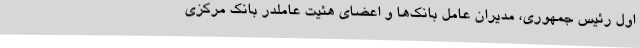
اول رئیس جمهوری، مدیران عامل بانک‌ها و اعضای هئیت عاملدر بانک مرکزی